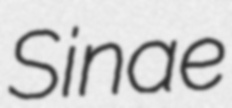
Sinae